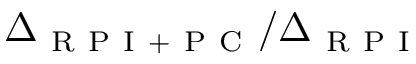
\Delta _ { \mathrm { ~ R ~ P ~ I ~ + ~ P ~ C ~ } } / \Delta _ { \mathrm { ~ R ~ P ~ I ~ } }